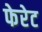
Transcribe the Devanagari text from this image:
फेरेट